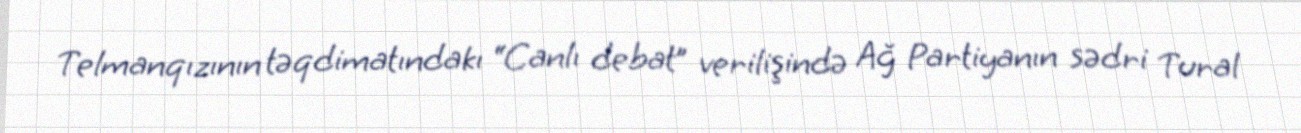
Telmanqızının təqdimatındakı “Canlı debat” verilişində Ağ Partiyanın sədri Tural